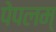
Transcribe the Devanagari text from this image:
पेपलम्